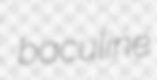
baculine